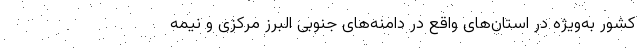
کشور به‌ویژه در استان‌های واقع در دامنه‌های جنوبی البرز مرکزی و نیمه